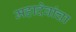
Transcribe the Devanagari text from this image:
महादेवांचा